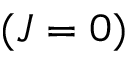
( J = 0 )